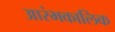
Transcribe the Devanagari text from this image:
आरंभकालिक